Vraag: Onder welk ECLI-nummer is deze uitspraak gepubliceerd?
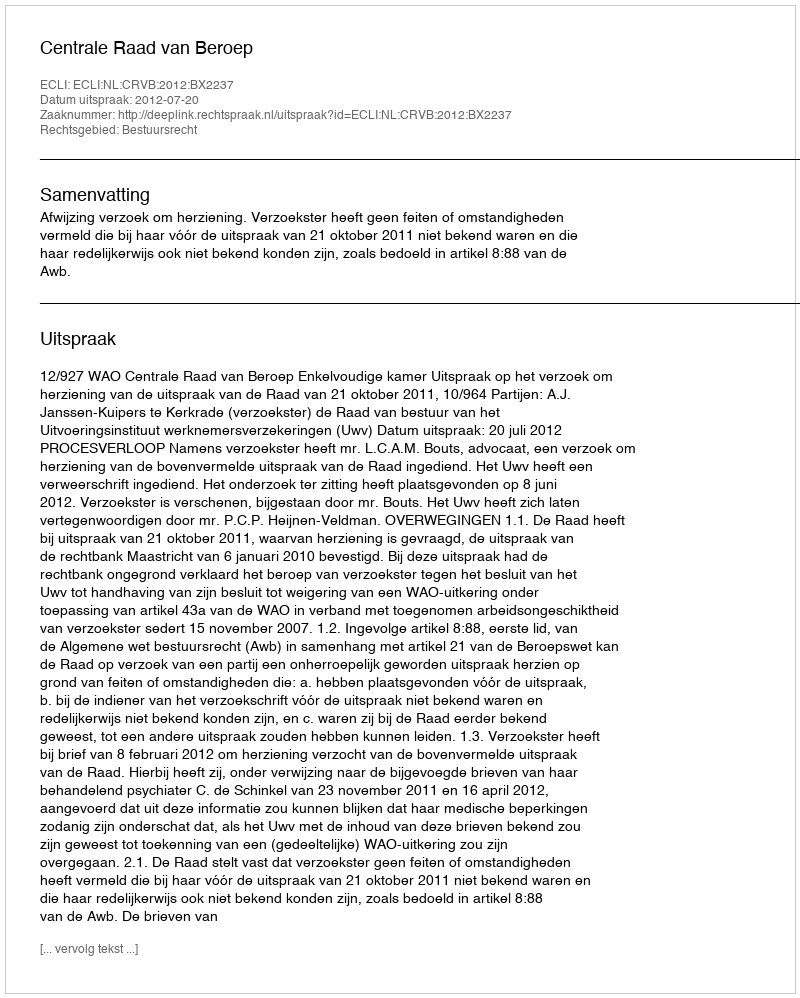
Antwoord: ECLI:NL:CRVB:2012:BX2237